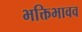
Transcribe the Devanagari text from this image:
भक्तिभावव